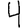
Digit: 4